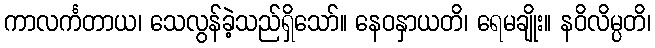
ကာလင်္ကတာယ၊ သေလွန်ခဲ့သည်ရှိသော်။ နေဝနှာယတိ၊ ရေမချိုး။ နဝိလိမ္ပတိ၊